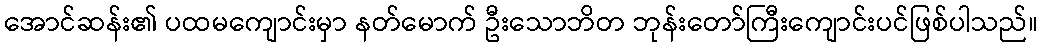
အောင်ဆန်း၏ ပထမကျောင်းမှာ နတ်မောက် ဦးသောဘိတ ဘုန်းတော်ကြီးကျောင်းပင်ဖြစ်ပါသည်။